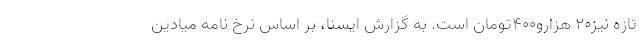
تازه نیز۲۰ هزارو۴۰۰تومان است. به گزارش ایسنا، بر اساس نرخ نامه میادین